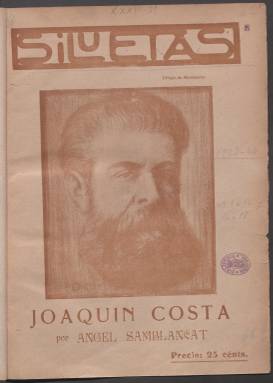
Título: Siluetas (Madrid)
Colección: Política || Literatura
Ámbito geográfico: Madrid
Lugar de publicación: Madrid
Fechas: 15/05/1923-31/01/1924